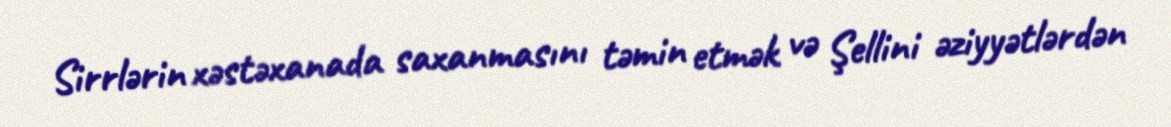
Sirrlərin xəstəxanada saxanmasını təmin etmək və Şellini əziyyətlərdən